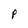
Character: P